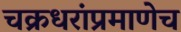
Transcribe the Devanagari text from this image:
चक्रधरांप्रमाणेच